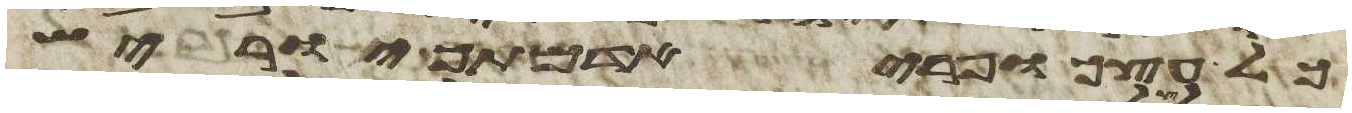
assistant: כל עצך ופרי אדמתך יוריש